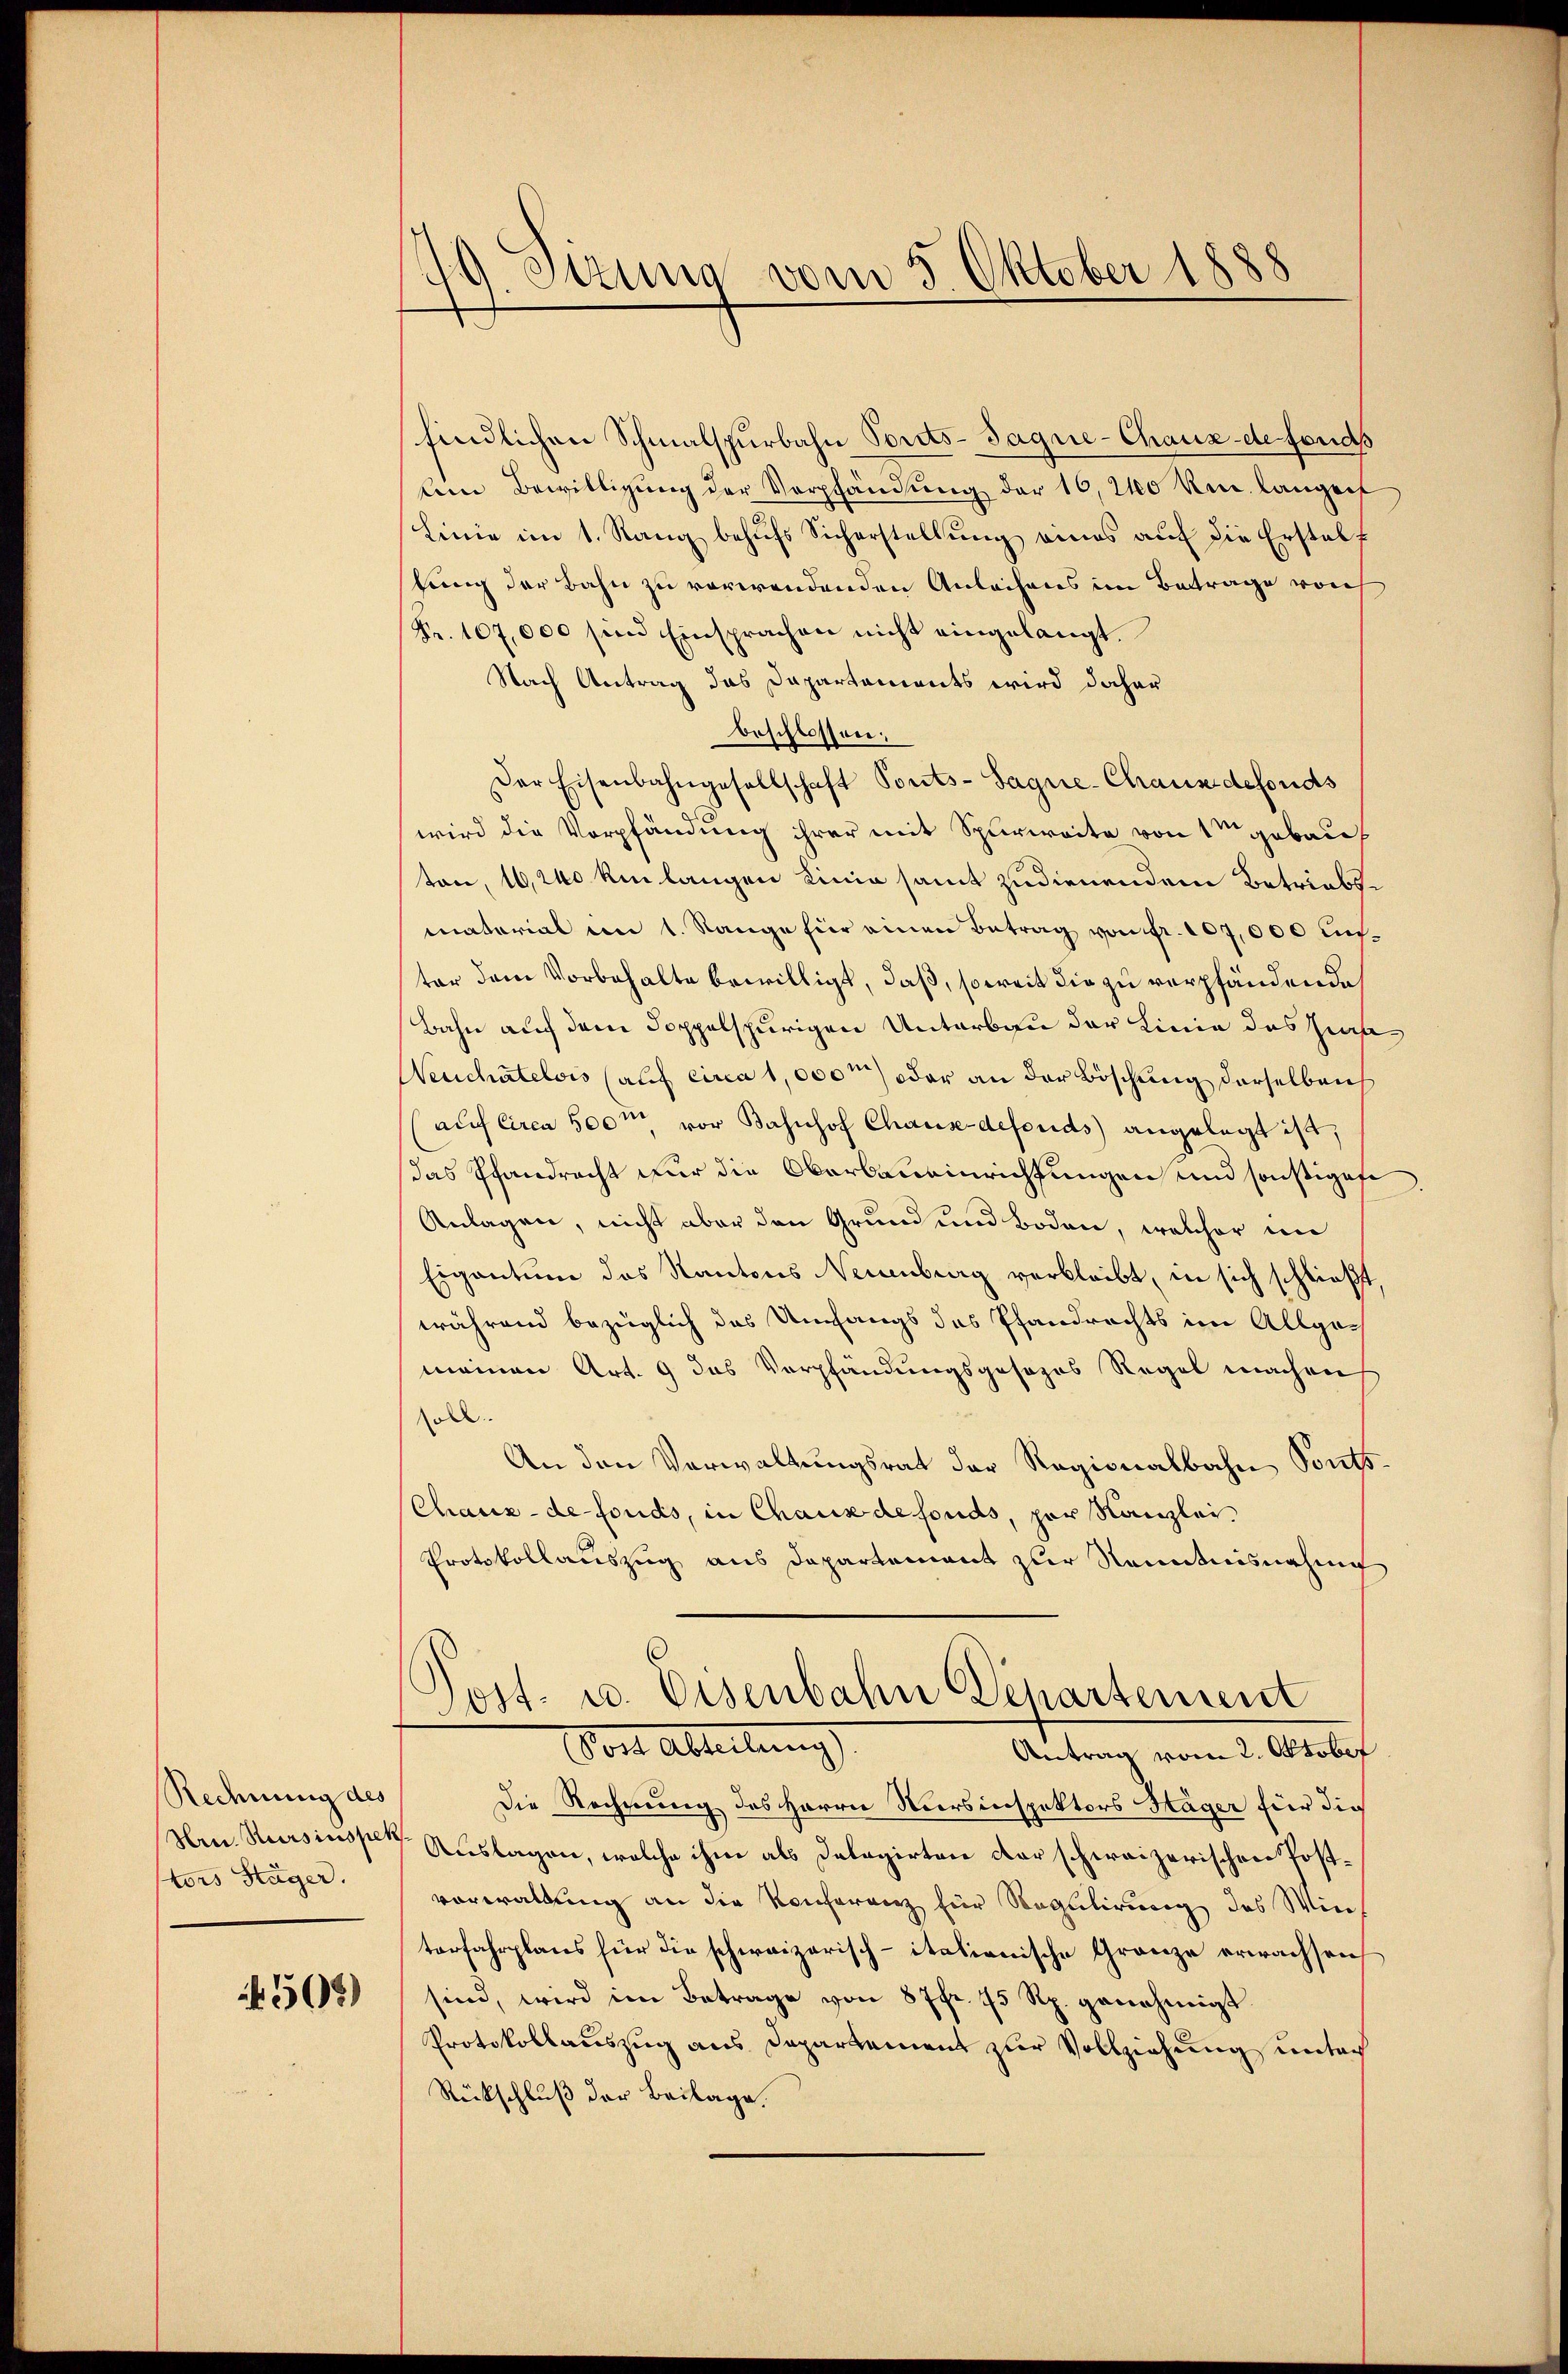
Rechnung des
Hrn. Reisinspek
tors Stäger.

505)

19. Jezung vom 5. Oktober 1888

findlichen Schmalspurbahn Porats-Sagne-Chaux-de fonds
lein Bewilligŭng der Verpfändung der 10, 20 km langen
Linie im 1. Rang behŭfs Sicherstellŭng eines aŭf die Erstalt
stung der Bahn zu verwendenden Anleihens im Betrage von
Fr. 107,000 sind Einsprachen nicht eingelangt.
Nach Antrag das Dapartements wird daher
beschlossen;
Der Eisenbahngesellschaft Ports-Sagrie-Chaus defonds
wird die Verpfändung ihrer mit Spurweite von 1 gebau
8
ton, 16, 240 km langen Linie samt zudienendem Betriebsmaterial am 1. Range für einen Betrag von fr. 107,000 auster dem Vorbehalte bewilligt, daß, soweit die zu verpfändende
Bahn auf dem doppelspurigen Unterbau der Linie des Jura
Neuchâtelvis (auf circa 1,000m oder an der Böschung derselben
aŭf Circa 500m vor Bahnhof Chaus-defonds angelegt ist,
Das Pfandracht für die Oberbaueinrichtungen und sonstigese
Anlagen, nicht aber den Grund und Boden, welcher in
Eigentum des Kantons Neuenburg verbleibt, in sich schließt
während bezüglich das Umfangs das Pfandrechts im Allgemeinen Art. 9 das Verpfändungsgesors Regel machen
oll
An den Verwaltungsrat der Regionalbahn Ponts¬
Chaux-de-Fonds, in Chaus defonds, par Kanzlei
Protokollauszug aus Departement zur Renntnisnahme
Post- u. Eisenbahn Departement
Vorte Abteilungs
Antrag vom 2. Oktobef
Die Rechnung des Herrn Meersinspektors Hager fier die
7 Auslagen, welche ihm als Delagirten der schweizerischen Postvorwaltung an die Konferenz für Regulirung des Wiech
terfahrplans für die schweizerisch-itationische Granze erwachsen
sind, wird im Betrage von 87fr. 75 Rp. genehmigt.
Protokollauszug aus Departement zur Vollziehung unter
Rückschluß der Beilage.